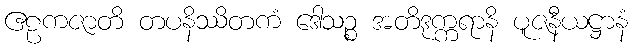
ဧဠကဇာတိ တပနိဿိတကံ ဒေါသဉ္စ အတိဒုက္ကရာနိ ပူဇနီယဋ္ဌာနံ